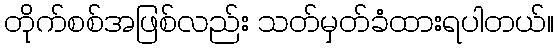
တိုက်စစ်အဖြစ်လည်း သတ်မှတ်ခံထားရပါတယ်။